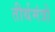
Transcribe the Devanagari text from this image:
तीर्थमंत्रो